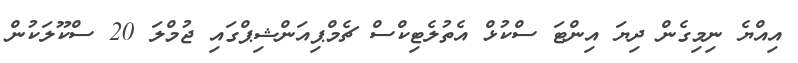
އިއްޔެ ނިމިގެން ދިޔަ އިންޓަ ސްކުޅް އެތުލެޓިކްސް ޗެމްޕިއަންޝިޕްގައި ޖުމްލަ 20 ސްކޫލަކުން